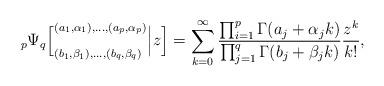
LaTeX: \begin{align*}{}_p\Psi_q\Big[^{(a_1,\alpha_1),...,(a_p,\alpha_p)}_{(b_1,\beta_1),...,(b_q,\beta_q)}\Big|z\Big]=\sum_{k=0}^\infty\frac{\prod_{i=1}^p\Gamma(a_j+\alpha_j k)}{\prod_{j=1}^q\Gamma(b_j+\beta_j k)}\frac{z^k}{k!},\end{align*}